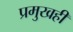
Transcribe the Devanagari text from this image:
प्रमुखही